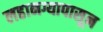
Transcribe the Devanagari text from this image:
लहानग्यापासून